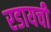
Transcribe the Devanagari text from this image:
रडायची